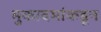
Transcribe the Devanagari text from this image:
मुकादमांकडून